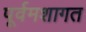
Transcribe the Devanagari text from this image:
पूर्वमशागत